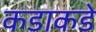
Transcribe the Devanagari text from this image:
कडाकडे